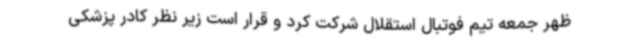
ظهر جمعه تیم فوتبال استقلال شرکت کرد و قرار است زیر نظر کادر پزشکی